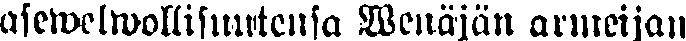
asewelwollisuutensa Wenäjän armeijan